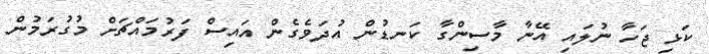
ކަޅި ޖަހާ ނުލައި އޭނާ މާސިންގާ ކަނޑުން އުދަވެގެން އައިސް ފަރުމައްޗަށް މުގުރަމުން